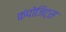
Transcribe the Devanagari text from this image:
कंपोजिट्स